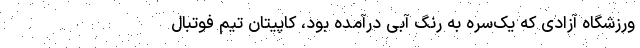
ورزشگاه آزادی که یک‌سره به رنگ آبی درآمده بود، کاپیتان تیم فوتبال